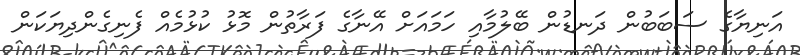
އަނިޔާގެ ސަބަބުން ދަނޑުން ބޭލުމާއި ހަމައަށް އޭނާގެ ފަރާތުން މޮޅު ކުޅުމެއް ފެނިގެންދިޔަކަން